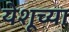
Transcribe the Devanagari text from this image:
येशूच्‍या